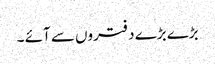
بڑے بڑے دفتروں سے آئے ۔